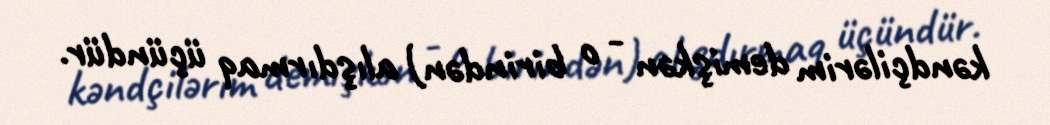
kəndçilərim demişkən - o birindən) alışdırmaq üçündür.